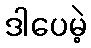
ဒါပေမဲ့